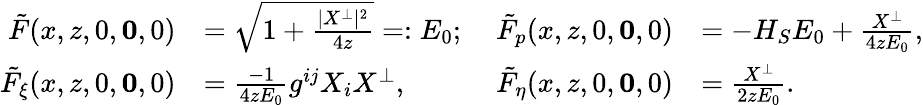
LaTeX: \begin{array}{rlrl}{\tilde{F}(x,z,0,\mathbf{0},0)}&{=\sqrt{1+\frac{|X^{\perp}|^{2}}{4z}}=:E_{0};}&{\ \tilde{F}_{p}(x,z,0,\mathbf{0},0)}&{=-H_{S}E_{0}+\frac{X^{\perp}}{4zE_{0}},}\\ {\tilde{F}_{\xi}(x,z,0,\mathbf{0},0)}&{=\frac{-1}{4zE_{0}}g^{ij}X_{i}X^{\perp},}&{\ \tilde{F}_{\eta}(x,z,0,\mathbf{0},0)}&{=\frac{X^{\perp}}{2zE_{0}}.}\end{array}